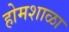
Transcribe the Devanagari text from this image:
होमशाळा